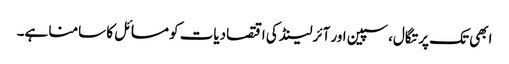
ابھی تک پرتگال، سپین اور آئرلینڈ کی اقتصادیات کو مسائل کا سامنا ہے۔